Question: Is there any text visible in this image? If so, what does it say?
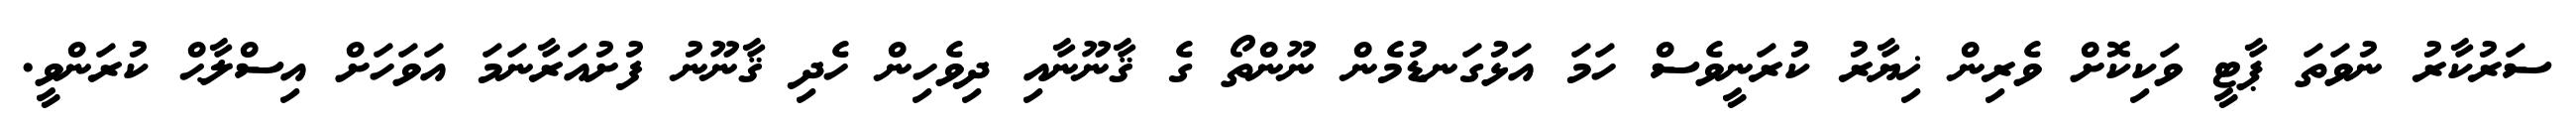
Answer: ސަރުކާރު ނުވަތަ ޕާޓީ ވަކިކޮށް ވެރިން ޚިޔާރު ކުރަނީވެސް ހަމަ އަޅުގަނޑުމެން ނޫންތޯ ގެ ޤާނޫނާއި ދިވެހިން ހެދި ޤާނޫނު ފުށުއަރާނަމަ އަވަހަށް އިސްލާޙް ކުރަންވީ.